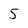
Character: 5